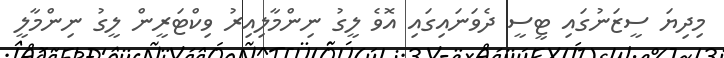
މިދިޔަ ސީޒަނުގައި ޓީސީ ދެވަނައިގައި އޮވެ ލީގު ނިންމާލިއިރު ވިކްޓަރީން ލީގު ނިންމާލީ